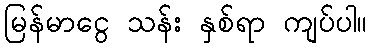
မြန်မာငွေ သန်း နှစ်ရာ ကျပ်ပါ။